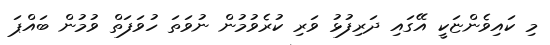
މި ކައިވެންޏަކީ އޭގައި ދަރިފުޅު ވަރި ކުރެވުމުން ނުވަތަ ހުވަފަތް ވުމުން ބައްޕަ